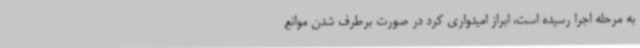
به مرحله اجرا رسیده است، ابراز امیدواری کرد در صورت برطرف شدن موانع